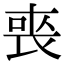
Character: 𭈬